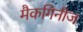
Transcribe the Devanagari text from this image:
मैकगिनीज